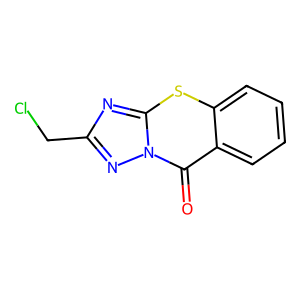
SMILES: O=c1c2ccccc2sc2nc(CCl)nn12
Inhibits HIV replication: No